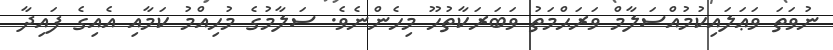
ނުވަތަ ވަޢަލައިކުމުއްސަލާމް ވަރަޙްމަތު ވަބަރަކާތުހޫ މިހެންނެވެ. ސަލާމުގެ މުހިއްމު ކަމާއި އެއިގެ ފައިދާ